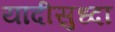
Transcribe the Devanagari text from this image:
यादीसुध्दा